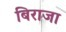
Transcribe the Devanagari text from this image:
बिराजा